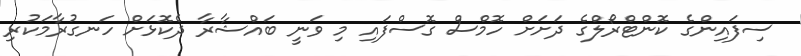
ސިފައިންގެ ކޮންޓްރޯލްގެ ދަށަށް ހޮމްސް ގޮސްފައި މި ވަނީ ބައްޝާރާ ދެކޮޅަށް ހަނގުރާމަކުރި